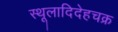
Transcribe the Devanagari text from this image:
स्थूलादिदेहचक्र